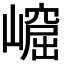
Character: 𡼿